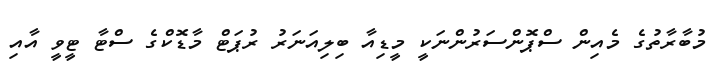
މުބާރާތުގެ މެއިން ސްޕޮންސަރުންނަކީ މީޑިއާ ބިލިއަނަރު ރުޕަޓް މާޑޮކްގެ ސްޓާ ޓީވީ އާއި